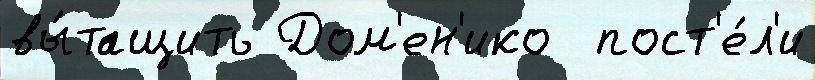
вы́тащить Дом'ен'ико  пост'е́л'и